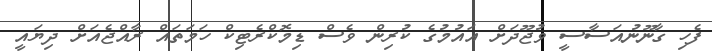
ފެހި ގާނޫނުއަސާސީ ވުޖޫދަށް އައުމުގެ ކުރިން ވެސް ޑިމޮކްރެޓިކް ހަމަތައް ރާއްޖެއަށް ދިޔައީ